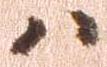
ハ